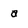
Character: a